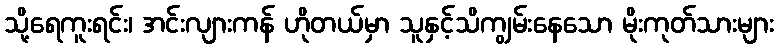
သို့ရေကူးရင်း၊ အင်းလျားကန် ဟိုတယ်မှာ သူနှင့်သိကျွမ်းနေသော မိုးကုတ်သားများ